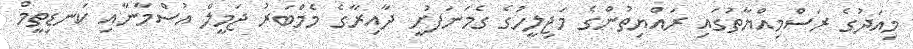
މިއަދުގެ ރަސްމިއްޔާތުގައި ރައްޔިތުންގެ މަޖިލީހުގެ ގެމަނަފުށީ ދާއިރާގެ މެމްބަރު ޖަމީލް އުސްމާނާއި ކަނޑިތީމް